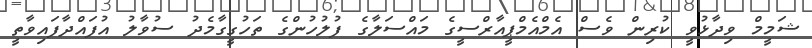
ޝަމީމް ވިދާޅުވީ ކުރިން ވެސް އެމްއެމްޕީއާރްސީގެ މައްސަލާގެ ފުލުހުންގެ ތަހުގީގާމެދު ސުވާލު އުފައްދާފައިވާތީ